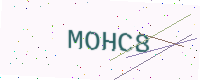
Text: MOHC8